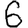
Digit: 6